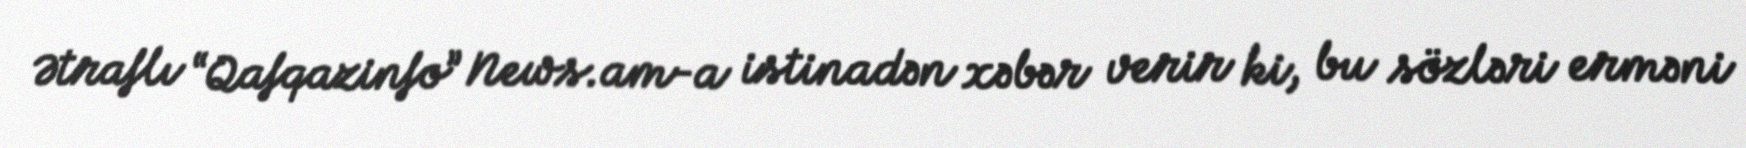
Ətraflı “Qafqazinfo” News.am-a istinadən xəbər verir ki, bu sözləri erməni